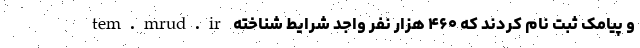
tem.mrud.ir و پیامک ثبت نام کردند که ۴۶۰ هزار نفر واجد شرایط شناخته